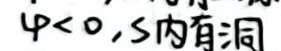
\(\varphi < 0.5\)内有洞